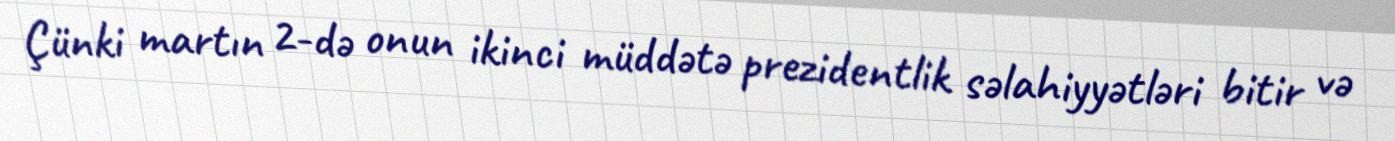
Çünki martın 2-də onun ikinci müddətə prezidentlik səlahiyyətləri bitir və